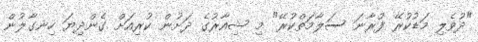
"ދުވެލި މަޑުކުރޭ ފުރާނަ ސަލާމަތްކުރޭ" މި ޝިއާރުގެ ދަށުން ކުރިއަށް ގެންދިޔަ ހިނގާލުން